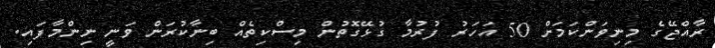
ރާއްޖޭގެ މިނިވަންކަމަށް 50 އަހަރު ފުރުމާ ގުޅޭގޮތުން މިސްކިތެއް ބިނާކުރަން ވަނީ ނިންމާފައި.